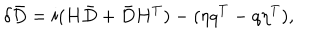
LaTeX: \delta \bar { D } = i ( H \bar { D } + \bar { D } H ^ { T } ) - ( \eta q ^ { T } - q \eta ^ { T } ) ,